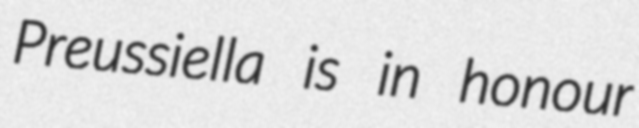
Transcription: Preussiella is in honour